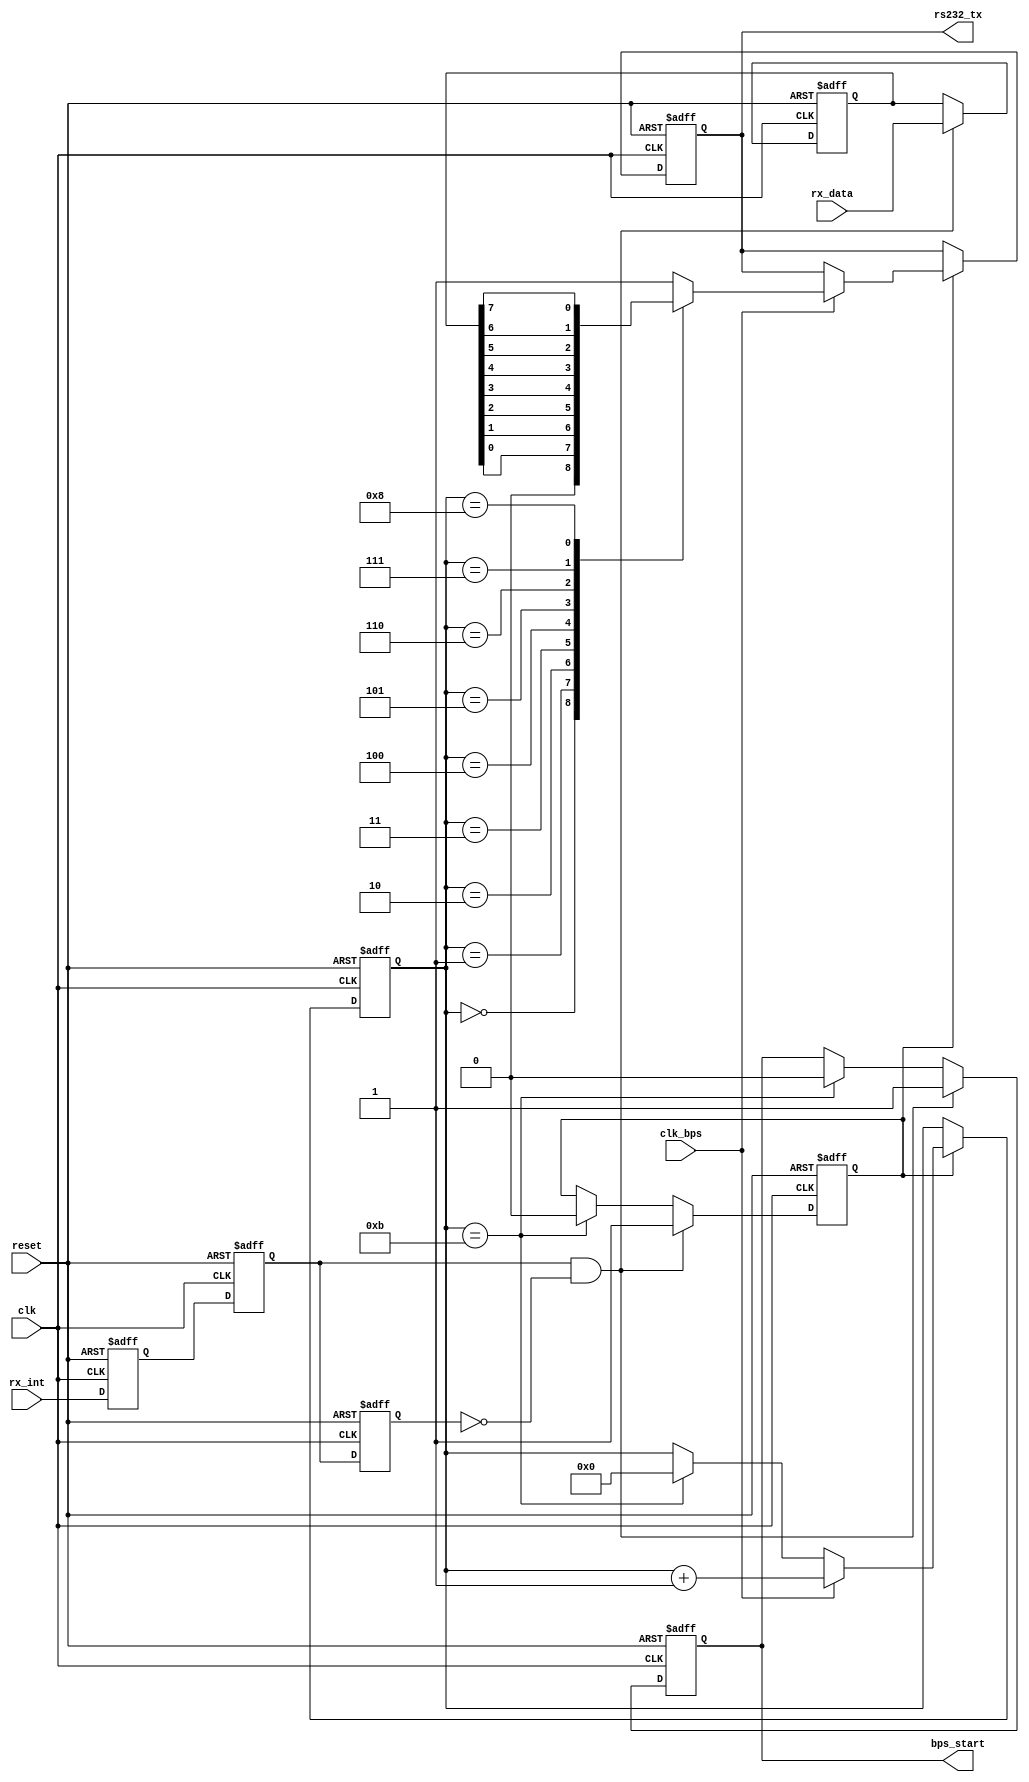


module my_uart_tx(clk,reset,clk_bps,rx_data,rx_int,rs232_tx,bps_start);

input clk;			
input reset;		
input clk_bps;	// baudrate	
input[7:0] rx_data;	
input rx_int;		
output rs232_tx;	// RS232 uart
output bps_start;
//---------------------------------------------------------
reg rx_int0,rx_int1,rx_int2;	
wire pos_rx_int;				


always @ (posedge clk or negedge reset) begin
	if(!reset) begin
			rx_int0 <= 1'b0;
			rx_int1 <= 1'b0;
			rx_int2 <= 1'b0;
		end
	else begin
			rx_int0 <= rx_int;
			rx_int1 <= rx_int0;
			rx_int2 <= rx_int1;
		end
end

assign pos_rx_int =  rx_int1 & ~rx_int2;	

//---------------------------------------------------------
reg[7:0] tx_data;	
//---------------------------------------------------------
reg bps_start_r;
reg tx_en;	
reg[3:0] num;

always @ (posedge clk or negedge reset) begin
	if(!reset) begin
			bps_start_r <= 1'bz;
			tx_en <= 1'b0;
			tx_data <= 8'd0;
		end
	else if(pos_rx_int) begin	
			bps_start_r <= 1'b1;
			tx_data <= rx_data;	
			tx_en <= 1'b1;		
		end
	else if(num==4'd11) begin	
			bps_start_r <= 1'b0;
			tx_en <= 1'b0;
		end
end

assign bps_start = bps_start_r;

//---------------------------------------------------------
reg  rs232_tx_r;
always @ (posedge clk or negedge reset) begin
	if(!reset) begin
			num <= 4'd0;
			rs232_tx_r <= 1'b1;
		end
	else if(tx_en) begin
			if(clk_bps)	begin
					num <= num+1'b1;
					case (num)
						4'd0:	rs232_tx_r <= 1'b0; 	//start bit
						4'd1:	rs232_tx_r <= tx_data[0];	//bit0
						4'd2:	rs232_tx_r <= tx_data[1];	//bit1
						4'd3: rs232_tx_r <= tx_data[2];	//bit2
						4'd4: rs232_tx_r <= tx_data[3];	//bit3
						4'd5: rs232_tx_r <= tx_data[4];	//bit4
						4'd6: rs232_tx_r <= tx_data[5];	//bit5
						4'd7:	rs232_tx_r <= tx_data[6];	//bit6
						4'd8: rs232_tx_r <= tx_data[7];	//bit7
						4'd9: rs232_tx_r <= 1'b1;	//stop
					 	default: rs232_tx_r <= 1'b1;
						endcase
				end
			else if(num==4'd11) num <= 4'd0;	
		end
end
 assign rs232_tx = rs232_tx_r;  


endmodule